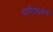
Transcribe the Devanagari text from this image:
दारिद्र्याचेच